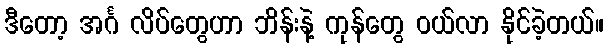
ဒီတော့ အင်္ဂ လိပ်တွေဟာ ဘိန်းနဲ့ ကုန်တွေ ဝယ်လာ နိုင်ခဲ့တယ်။